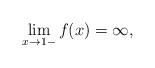
LaTeX: \begin{align*}\lim_{x\to 1-} f(x)=\infty,\end{align*}